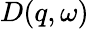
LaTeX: D(q,\omega)